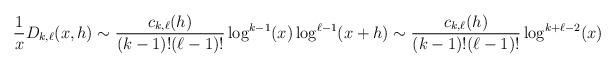
LaTeX: \begin{align*} \frac{1}{x} D_{k,\ell}(x,h) \sim \frac{c_{k,\ell}(h)}{(k-1)!(\ell-1)!} \log^{k-1}(x) \log^{\ell-1}(x+h) \sim \frac{c_{k,\ell}(h)}{(k-1)!(\ell-1)!} \log^{k+\ell-2}(x) \end{align*}